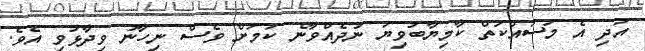
އަދި އެ މަސައްކަތް ކާމިޔާބުވިޔަ ނުދެއްވާނެ ކަމަށް ވެސް ނިހާނު ވިދާޅުވި އެވެ.